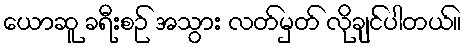
ယောဆူ ခရီးစဉ် အသွား လတ်မှတ် လိုချင်ပါတယ်။